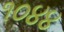
૧૦૪૪